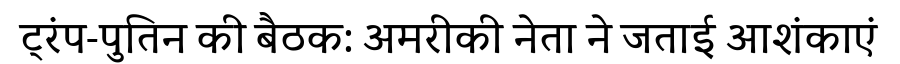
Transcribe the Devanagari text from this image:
ट्रंप-पुतिन की बैठक: अमरीकी नेता ने जताई आशंकाएं